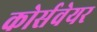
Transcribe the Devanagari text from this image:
कोर्सवेयर